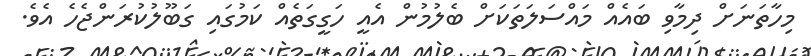
މިހާތަނަށް ދިމާވި ބައެއް މައްސަލަތަކަށް ބެލުމުން އެއީ ހަގީގަތެއް ކަމުގައި ގަބޫލުކުރަންޖެހެ އެވެ.